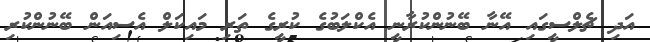
އަދި ޗެލްސީގައި އޭނާ ބޭނުންކުރާނީ އެކްލަބުގެ ކުރީގެ ތަރި މައިކަލް އެސިއަން ބޭނުންކުރި